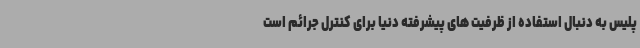
پلیس به دنبال استفاده از ظرفیت های پیشرفته دنیا برای کنترل جرائم است